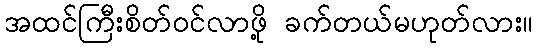
အထင်ကြီးစိတ်ဝင်လာဖို့ ခက်တယ်မဟုတ်လား။